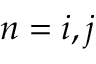
n = i , j